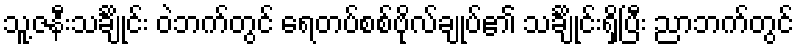
သူ့ဇနီးသင်္ချိုင်း ဝဲဘက်တွင် ရေတပ်စစ်ဗိုလ်ချုပ်၏ သင်္ချိုင်းရှိပြီး ညာဘက်တွင်